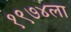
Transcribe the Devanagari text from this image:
१९७४ला